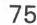
75